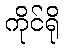
ကိုင်ရို